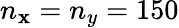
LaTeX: n_{\mathbf{x}}=n_{y}=150